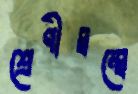
শ্রেণীদ্বন্দ্বে